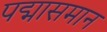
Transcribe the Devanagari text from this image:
पद्मासमान